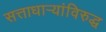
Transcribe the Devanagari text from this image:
सत्ताधाऱ्यांविरुद्ध